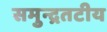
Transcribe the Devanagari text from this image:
समुन्द्रतटीय